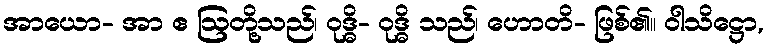
အာယော- အာ ဧ ဩတို့သည်၊ ဝုဒ္ဓိ- ဝုဒ္ဓိ သည်၊ ဟောတိ- ဖြစ်၏။ ဝါသိဋ္ဌော,